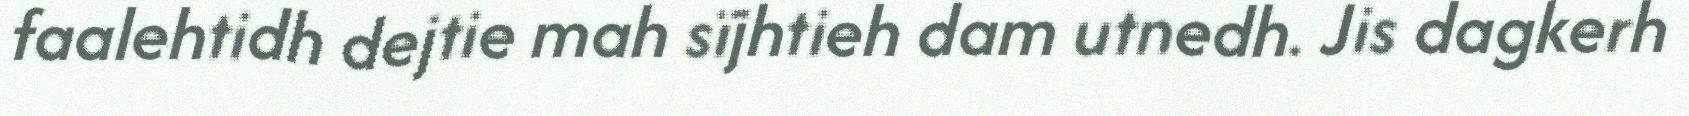
faalehtidh dejtie mah sïjhtieh dam utnedh. Jis dagkerh